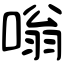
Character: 嗡